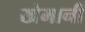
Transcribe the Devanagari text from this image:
खेमानी